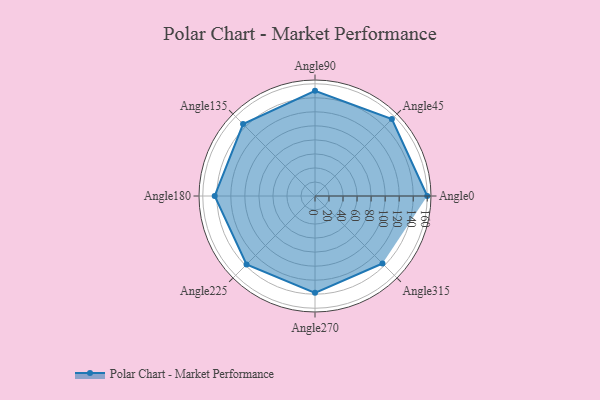
{"axis": {"x": "Angle", "y": "Radius"}, "legend": [""], "data": [{"x": "Angle0", "y": 160.0, "type": ""}, {"x": "Angle45", "y": 155.0, "type": ""}, {"x": "Angle90", "y": 150.0, "type": ""}, {"x": "Angle135", "y": 145.0, "type": ""}, {"x": "Angle180", "y": 143.0, "type": ""}, {"x": "Angle225", "y": 138.0, "type": ""}, {"x": "Angle270", "y": 138.0, "type": ""}, {"x": "Angle315", "y": 136.0, "type": ""}]}